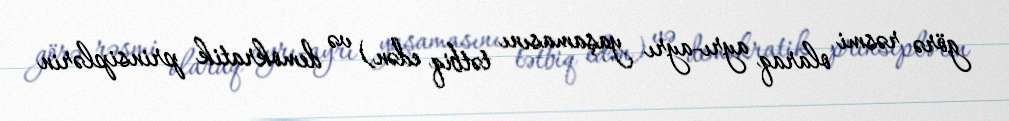
görə rəsmi olaraq ayrı-ayrı yaşamasını tətbiq edən) və demokratik prinsiplərin